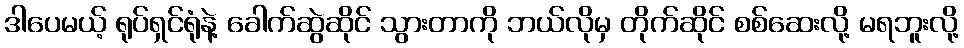
ဒါပေမယ့် ရုပ်ရှင်ရုံနဲ့ ခေါက်ဆွဲဆိုင် သွားတာကို ဘယ်လိုမှ တိုက်ဆိုင် စစ်ဆေးလို့ မရဘူးလို့